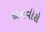
દાનવીરો